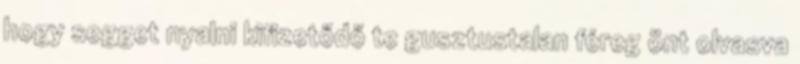
hogy segget nyalni kifizetődő te gusztustalan féreg önt olvasva